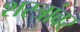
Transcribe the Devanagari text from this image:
शस्त्रांवर